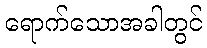
ရောက်သောအခါတွင်